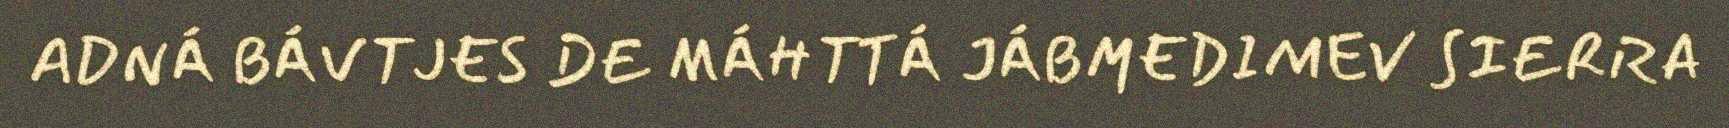
ADNÁ BÁVTJES DE MÁHTTÁ JÁBMEDIMEV SIERRA